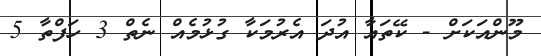
މޫންއަކަށް - ކޭތައާ އުދަ އެރުމަކާ ގުޅުމެއް ނެތް 3 ހަފްތާ 5